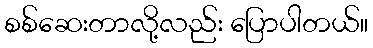
စစ်ဆေးတာလို့လည်း ပြောပါတယ်။